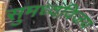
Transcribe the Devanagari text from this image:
सुमध्वविजय